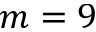
m = 9